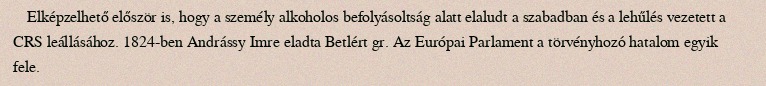
Elképzelhető először is, hogy a személy alkoholos befolyásoltság alatt elaludt a szabadban és a lehűlés vezetett a CRS leállásához. 1824-ben Andrássy Imre eladta Betlért gr. Az Európai Parlament a törvényhozó hatalom egyik fele.